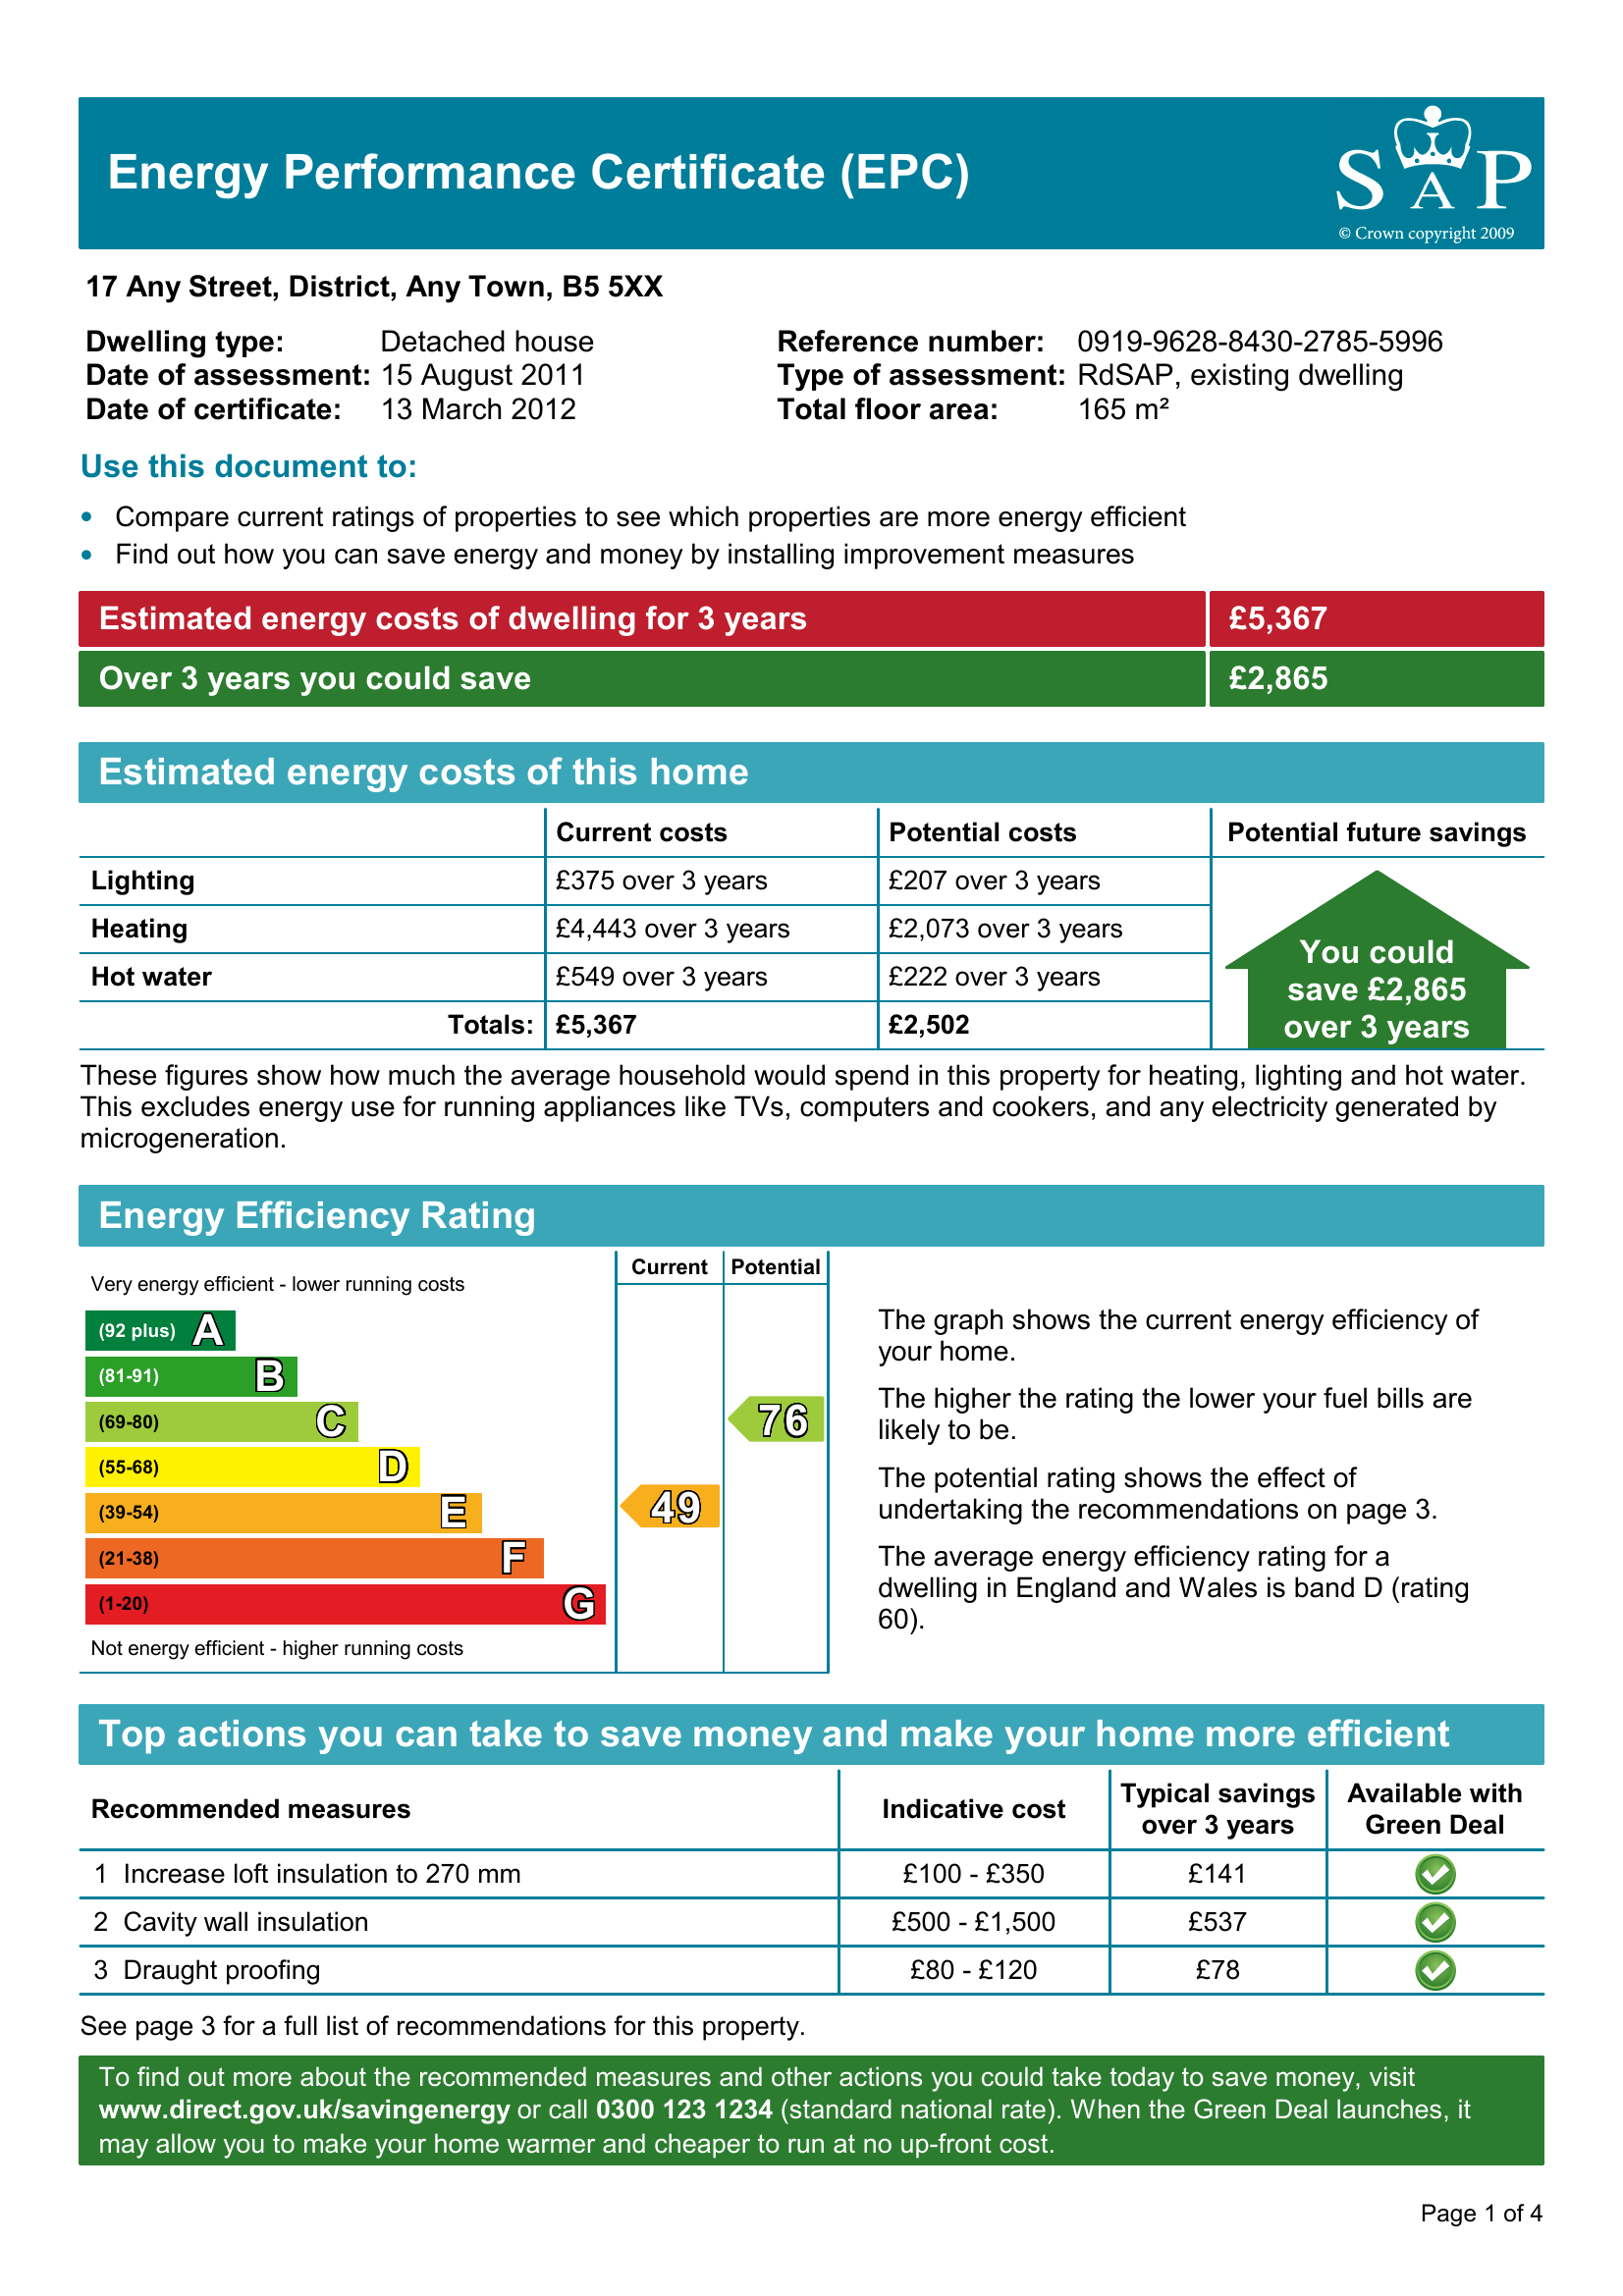
Current energy efficiency rating: C (score 76)
Potential energy efficiency rating: C (score 79)
Current environmental impact (CO2) rating: C (score 72)
Potential environmental impact (CO2) rating: C (score 74)